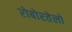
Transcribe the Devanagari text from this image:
रोबोरतेलो